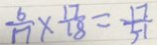
\frac { 6 } { 1 7 } \times \frac { 1 7 } { 1 8 } = \frac { 1 7 } { 5 1 }